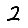
Digit: 2